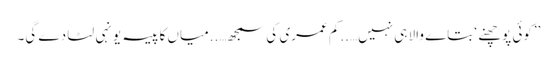
’’کوئی پوچھنے ‘ بتاے والا ہی نہیں…..کم عمری کی سمجھ…..میاں کا پیسہ یونہی لٹا دے گی۔